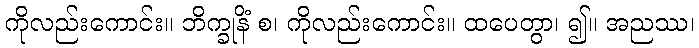
ကိုလည်းကောင်း။ ဘိက္ခုနိံ စ၊ ကိုလည်းကောင်း။ ထပေတွာ၊ ၍။ အညဿ၊